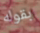
بقوله